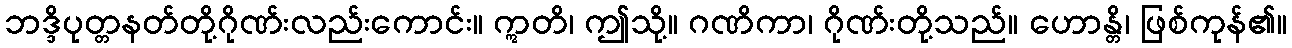
ဘဒ္ဒိပုတ္တနတ်တို့ဂိုဏ်းလည်းကောင်း။ ဣတိ၊ ဤသို့။ ဂဏိကာ၊ ဂိုဏ်းတို့သည်။ ဟောန္တိ၊ ဖြစ်ကုန်၏။